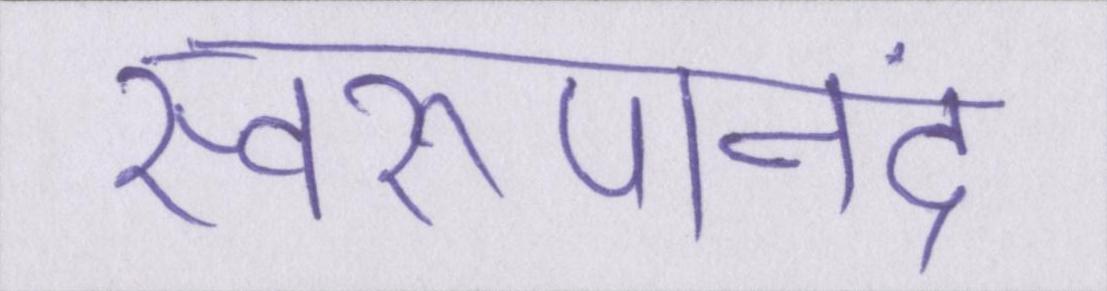
स्वरूपानंद